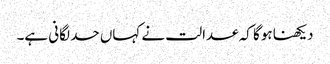
دیکھنا ہوگا کہ عدالت نے کہاں حد لگانی ہے۔